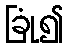
ခြုံ၍